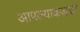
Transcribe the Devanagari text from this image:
आपल्याकडची